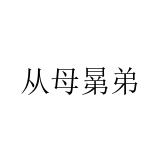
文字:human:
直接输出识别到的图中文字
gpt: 从母晜弟